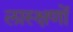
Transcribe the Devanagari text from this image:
लास्क्षणों